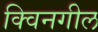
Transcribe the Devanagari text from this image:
क्विनगील